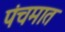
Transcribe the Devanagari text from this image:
पंचमात